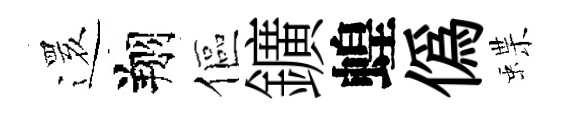
𮟃翔傴鑛蝗偽蝶